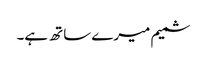
شمیم میرے ساتھ ہے۔